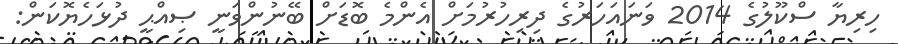
ހިރިޔާ ސްކޫލުގެ 2014 ވަނައަހަރުގެ ދިރިހުރުމަށް އެންމެ ބޮޑަށް ބޭނުންވަނީ ޞިއްޙީ ދުޅަހެޔޮކަން: